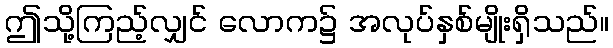
ဤသို့ကြည့်လျှင် လောက၌ အလုပ်နှစ်မျိုးရှိသည်။